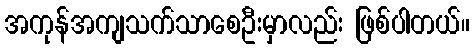
အကုန်အကျသက်သာစေဦးမှာလည်း ဖြစ်ပါတယ်။